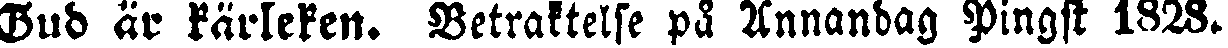
Gud är karleken. Betraktelse på Annandag Pingst 1828.